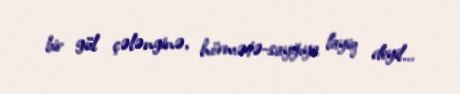
bir gül çələnginə, hörmətə-sayğıya layiq deyil...